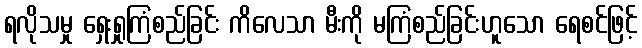
ရလိုသမှု ရှေးရှုကြံစည်ခြင်း ကိလေသာ မီးကို မကြံစည်ခြင်းဟူသော ရေစင်ဖြင့်